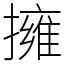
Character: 擁